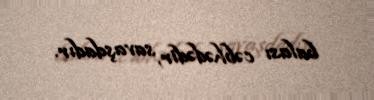
balası cəbhədədir, savaşdadır.